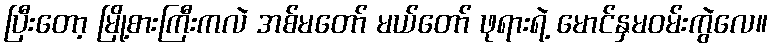
ပြီးတော့ မြို့စားကြီးကလဲ အစ်မတော် မယ်တော် ဖုရားရဲ့ မောင်နှမဝမ်းကွဲလေ။